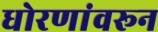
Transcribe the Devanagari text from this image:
धोरणांवरून